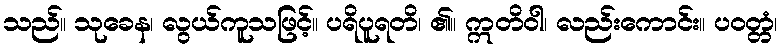
သည်။ သုခေန၊ လွယ်ကူသဖြင့်။ ပရိပူရတိ၊ ၏။ ဣတိဝါ၊ လည်းကောင်း။ ပဝတ္တံ၊